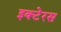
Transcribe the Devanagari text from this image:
इक्टेरस